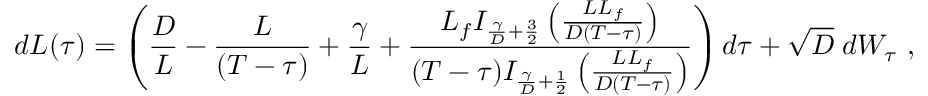
d L ( \tau ) = \left( \frac { D } { L } - \frac { L } { ( T - \tau ) } + \frac { \gamma } { L } + \frac { L _ { f } I _ { \frac { \gamma } { D } + \frac { 3 } { 2 } } \left( \frac { L L _ { f } } { D ( T - \tau ) } \right) } { ( T - \tau ) I _ { \frac { \gamma } { D } + \frac { 1 } { 2 } } \left( \frac { L L _ { f } } { D ( T - \tau ) } \right) } \right) d \tau + \sqrt { D } \; d W _ { \tau } \ ,